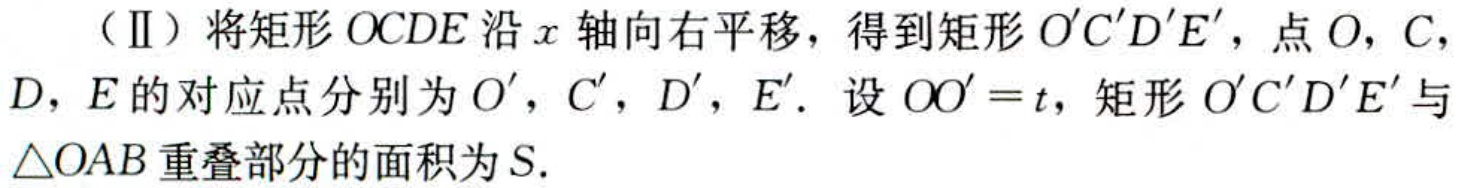
（Ⅱ）将矩形\(OCDE\)沿\(x\)轴向右平移，得到矩形\(O'C'D'E'\)，点\(O,C,D,E\)的对应点分别为\(O',C',D',E'\). 设\(OO' = t\)，矩形\(O'C'D'E'\)与\(\triangle OAB\)重叠部分的面积为\(S\).